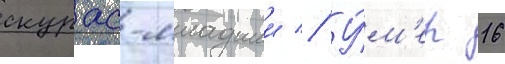
скурас-младшии // У́м'ер 16